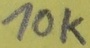
Text: 10K